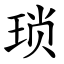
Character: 琐